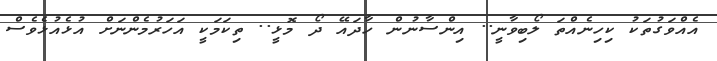
އެއްވަގުތަކު ކިހިނެއްތަ ލޯބިވާނީ.. އިންސާނުން ހާދައޭ ދޯ މޮޅީ.. ތިކަމަކީ އަހަރުމެންނަށް އުޅެއުޅެވެސް